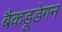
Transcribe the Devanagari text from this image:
बैकडूडेगन